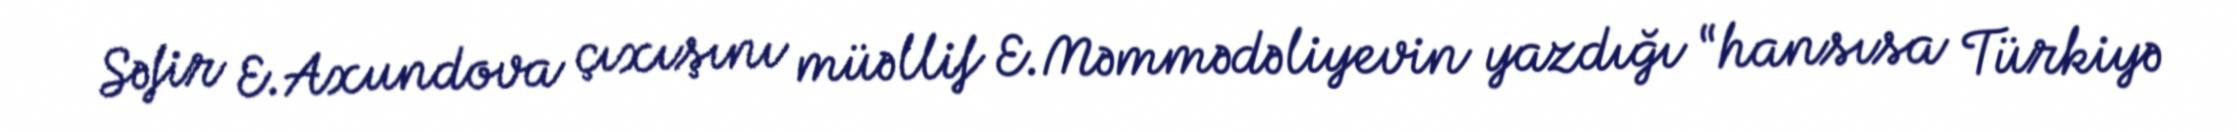
Səfir E.Axundova çıxışını müəllif E.Məmmədəliyevin yazdığı “hansısa Türkiyə